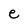
Character: e